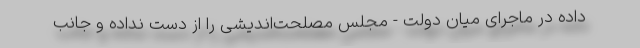
داده در ماجرای میان دولت - مجلس مصلحت‌اندیشی را از دست نداده و جانب